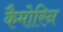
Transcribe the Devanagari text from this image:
कैमोरिन